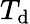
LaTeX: T_{\mathrm{d}}